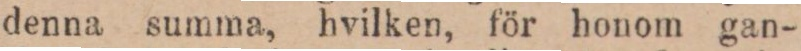
denna summa, hvilken, för honom gan-